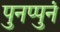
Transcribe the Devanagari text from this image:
पुनप्पुनं